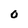
Character: 0